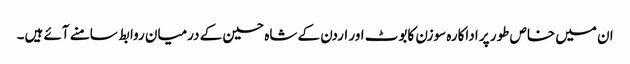
ان میں خاص طور پر اداکارہ سوزن کابوٹ اور اردن کے شاہ حسین کے درمیان روابط سامنے آئے ہیں۔